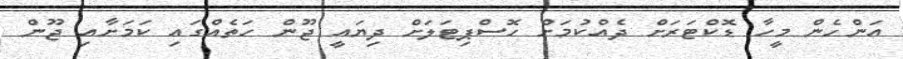
އަންހެން މީހާ ޑޮކްޓަރަށް ދެއްކުމަށް ހޮސްޕިޓަަލަށް ދިޔައީ ޖޫން ހަތެއްގައި ކަމަށާއި ޖޫން